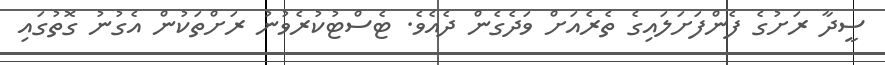
ސީދާ ރަށުގެ ފެންފަށަލައިގެ ތެރެއަށް ވަދެގެން ދެއެވެ. ޓެސްޓުކުރެވުނު ރަށްތަކުން އެގުނު ގޮތުގައި